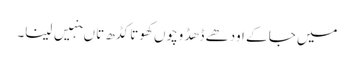
میں جا کے اودھے ڈھڈ وچوں کھوتا کڈھ تا ںنہیں لینا۔